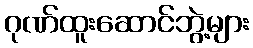
ဂုဏ်ထူးဆောင်ဘွဲ့များ